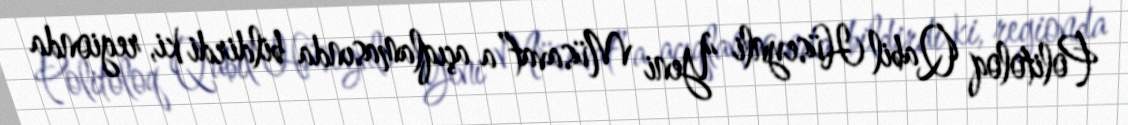
Politoloq Qabil Hüseynli “Yeni Müsavat”a açıqlamasında bildirdi ki, regionda